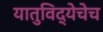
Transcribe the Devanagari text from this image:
यातुविद्येचेच